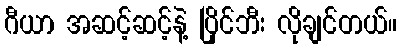
ဂီယာ အဆင့်ဆင့်နဲ့ ပြိုင်ဘီး လိုချင်တယ်။